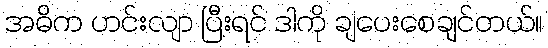
အဓိက ဟင်းလျာ ပြီးရင် ဒါကို ချပေးစေချင်တယ်။